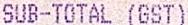
SUB-TOTAL (GST)